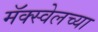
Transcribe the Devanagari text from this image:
मॅक्स्वेलच्या